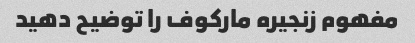
مفهوم زنجیره مارکوف را توضیح دهید